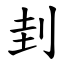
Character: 刲